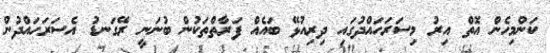
ކަންމިހެން އޮތް އިރު މިސަރަހައްދުގައި ދިރިއުޅޭ ބައެއް ފަރާތްތަކުން ބުނަނީ ރޭގަނޑު އެސަރަހައްދުން